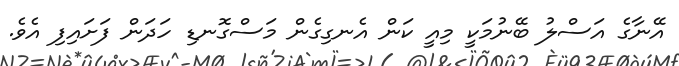
އޭނާގެ އަސްލު ބޭނުމަކީ މިއީ ކަން އެނގިގެން މަސްގޮނޑި ހަދަން ފަށައިފި އެވެ.